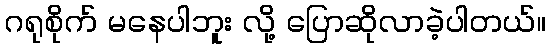
ဂရုစိုက် မနေပါဘူး လို့ ပြောဆိုလာခဲ့ပါတယ်။